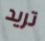
تريد